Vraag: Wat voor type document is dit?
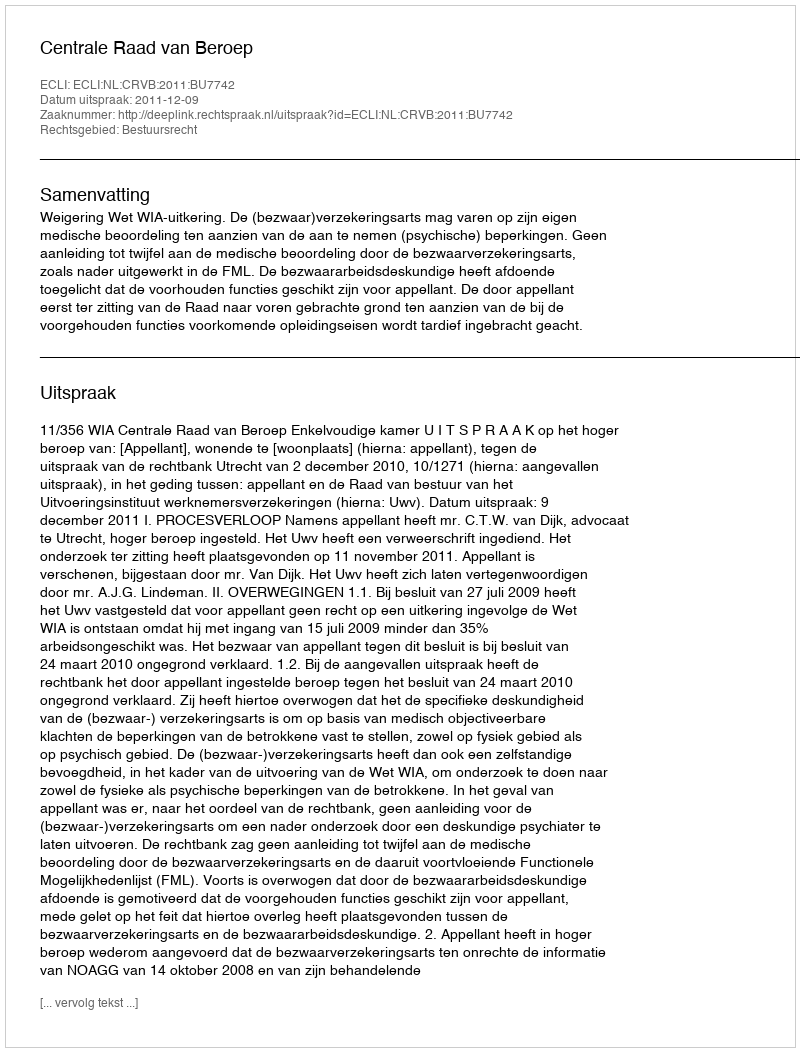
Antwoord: Uitspraak